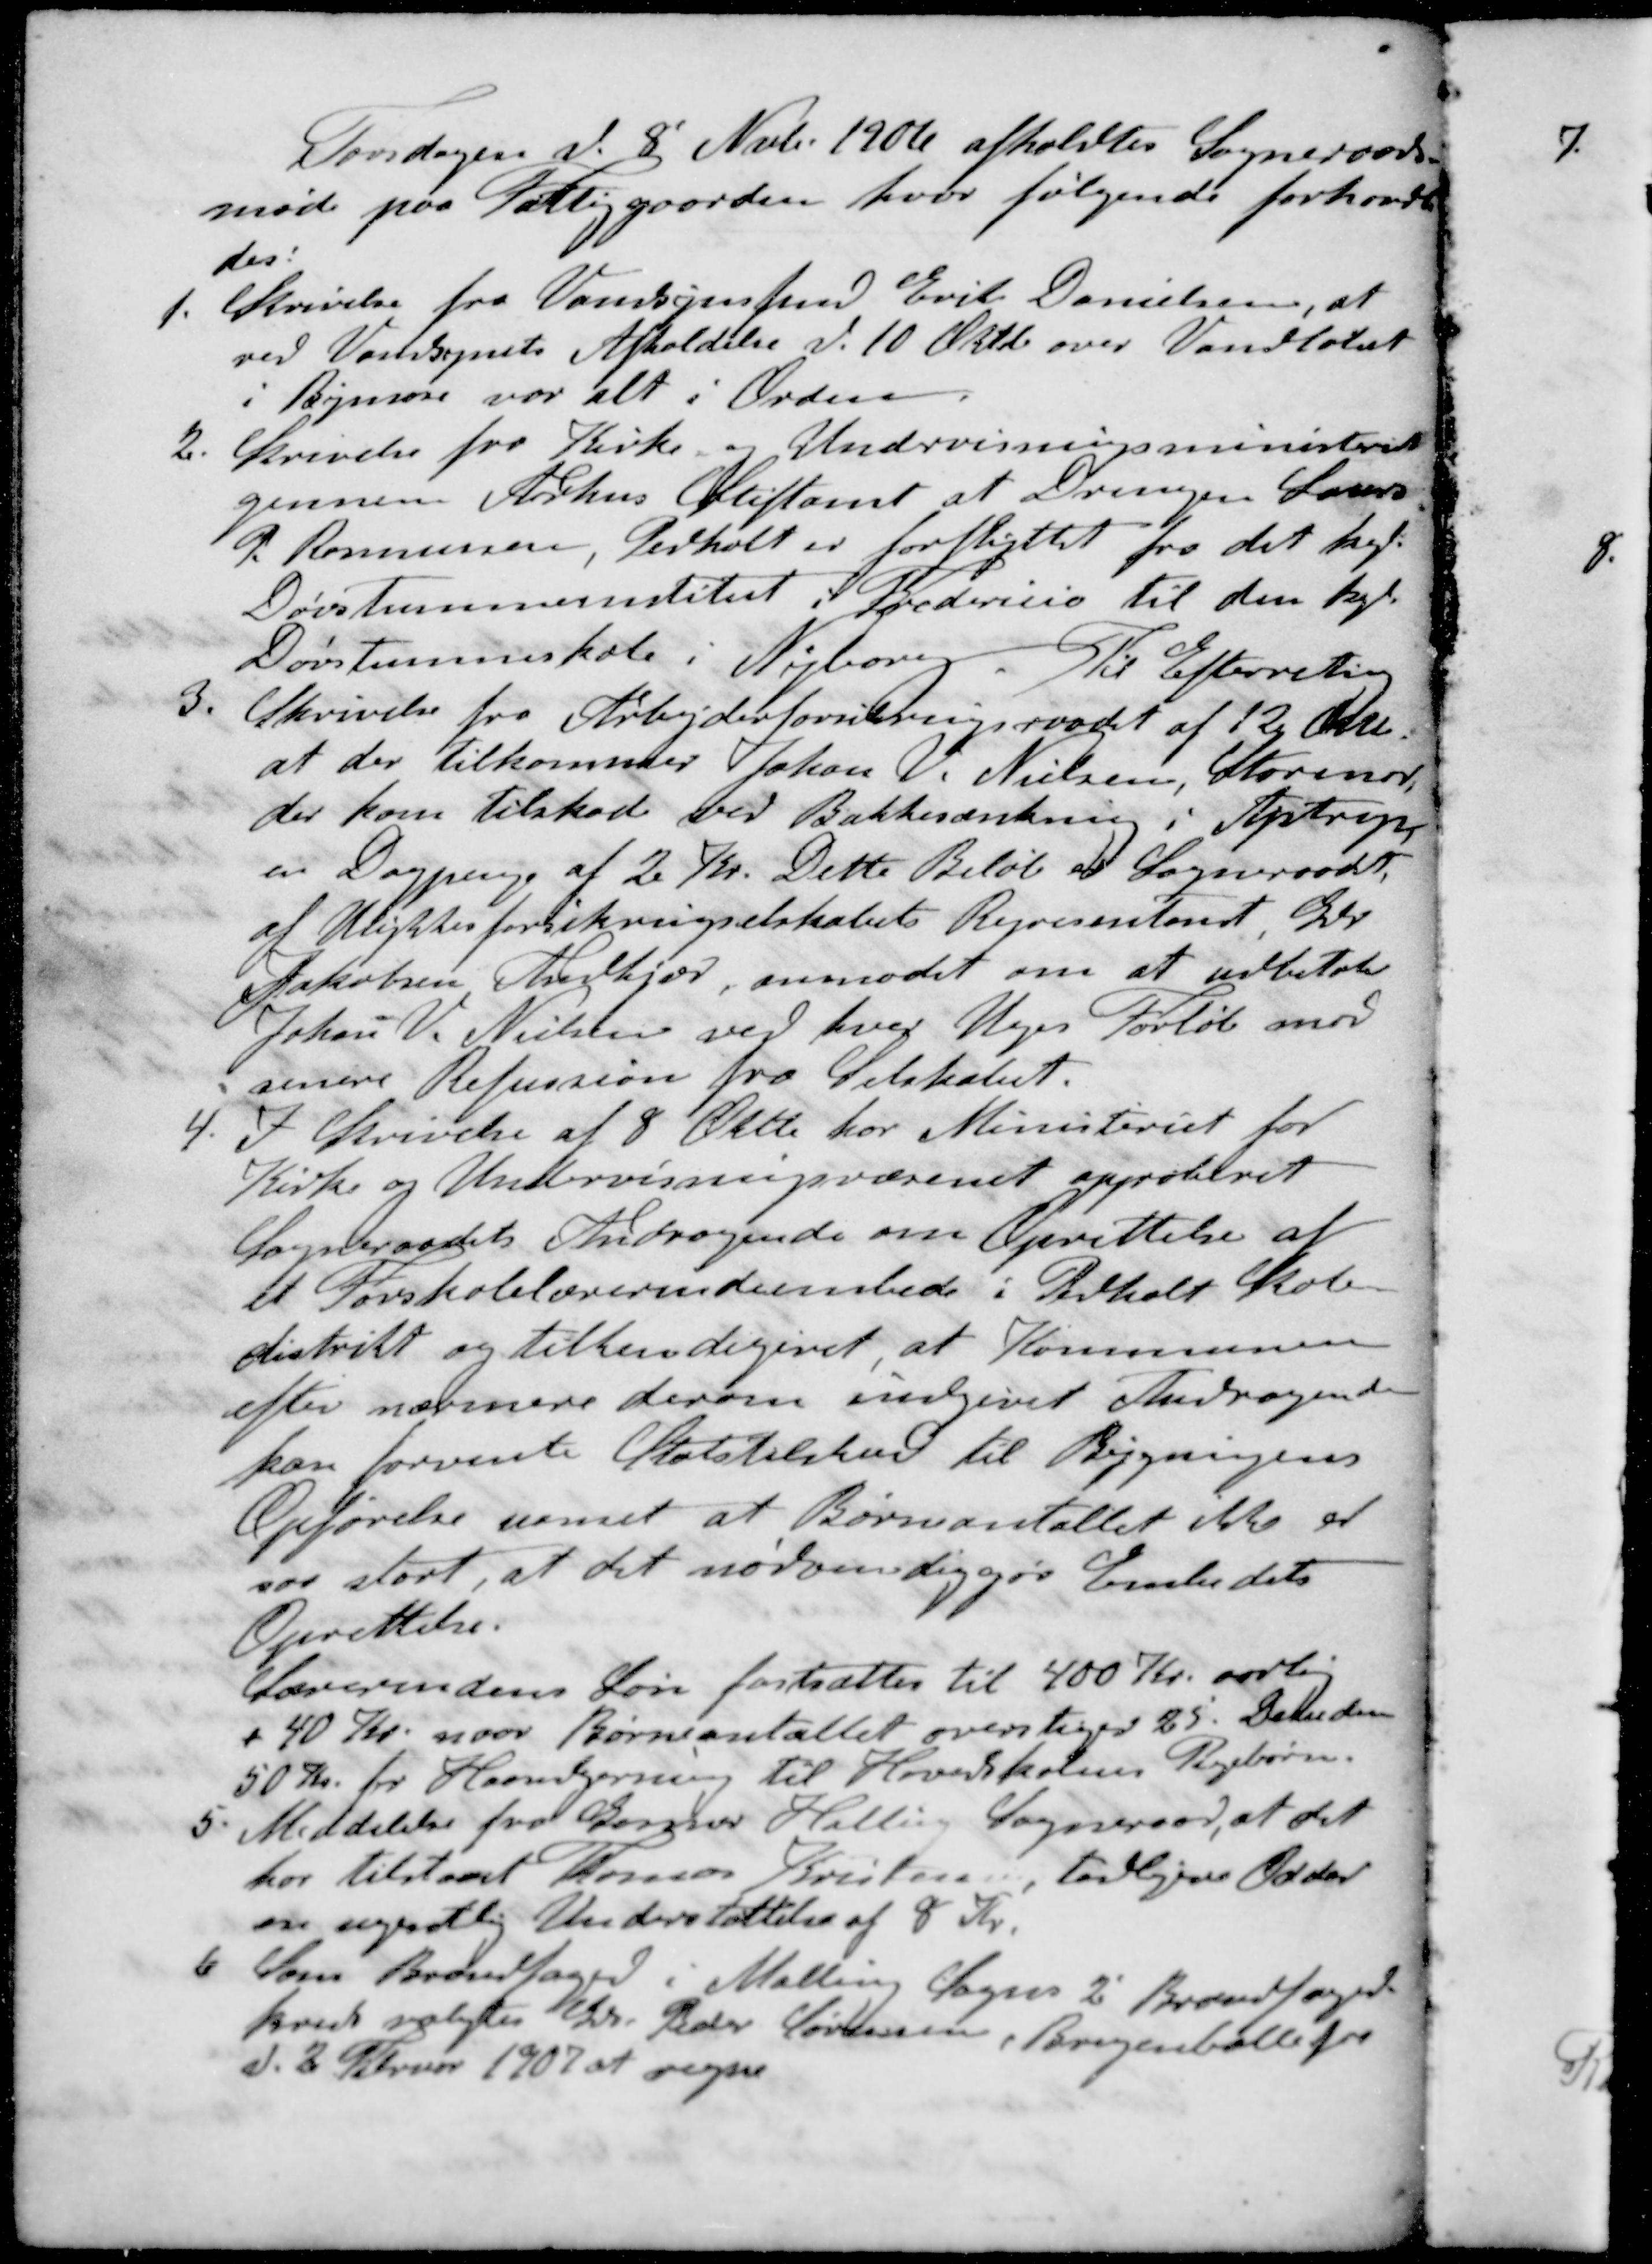
Transskription:
Torsdagen d. 8' Nvb. 1906 afholdtes Sogneraads-
møde paa Fattiggaarden, hvor følgende forhandle-
des.
1. Skrivelse fra Vandsynsfmd Erik Danielsen, at
ved Vandsynets Afholdelse d. 10 Oktb over Vandløbet
i Bymose var alt i Orden
2. Skrivelse fra Kirke. - Undervisningsministeriet
gennem Aarhus Stiftamt at Drengen Laurs
P. Rasmussen, Pedholt er forflyttet fra det kgl
Døvstummeinstitut i Fredericia til den kgl
Døvstummeskole i Nyborg. Til Efterretning
3. Skrivelse fra Arbejderforsikringsraadet af 12 Okt.
at der tilkommer Johan V. Nielsen, Storenor
der kom tilskade ved Bakkesænkning i Ajstrup
en Dagpenge af 2 Kr. Dette Beløb er Sogneraadet
af Ulykkesforsikringselskabets Repræsentant Gdr
Jakobsen Andkjær, anmodet om at udbetale
Johan V. Nielsen ved hver Uges Forløb mod
senere Refussion fra Selskabet.
4. I Skrivelse af 8 Oktb har Ministeriet for
Kirke og Undervisningsvæsenet approberet
Sogneraadets Andragende om Oprettelse af
et Forskolelærerindeembede i Pedholt Skole-
distrikt og tilkendegivet at Kommunen
efter nærmere derom indgivet Andragende
kan forvente Statstilskud til Bygningens
Opførelse uanset at Børneantallet ikke er
saa stort, at det nødvendiggør Embedets
Oprettelse.
Lærerindens Løn fastsættes til 400 Kr. aarlig
+ 40 Kr. naar Børneantallet overstiger 25. Desuden
50 Kr. for Haandgerning til Hovedskolens Pigebørn.
5. Meddelelse fra Gosmer Halling Sogneraad, at det
har tilstaaet Thomas Kristensen, tidligere Odder
en ugentlig Understøttelse af 8 Kr.
6 Som Brandfoged i Malling Sogns 2 Brandfoged-
kreds valgtes Chr. Peder Sørensen, Bregenballe fra
d. 2 Februar 1907 at regne